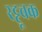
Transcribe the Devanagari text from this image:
रट्टूचक